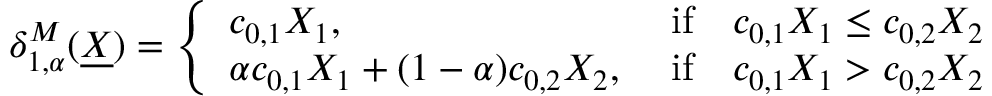
\begin{array} { r } { \delta _ { 1 , \alpha } ^ { M } ( \underline { { X } } ) = \left\{ \begin{array} { l l } { c _ { 0 , 1 } X _ { 1 } , } & { \mathrm { ~ i f } \quad c _ { 0 , 1 } X _ { 1 } \leq c _ { 0 , 2 } X _ { 2 } } \\ { \alpha c _ { 0 , 1 } X _ { 1 } + ( 1 - \alpha ) c _ { 0 , 2 } X _ { 2 } , } & { \mathrm { ~ i f } \quad c _ { 0 , 1 } X _ { 1 } > c _ { 0 , 2 } X _ { 2 } } \end{array} \right. } \end{array}